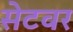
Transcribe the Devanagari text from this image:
सेटवर